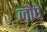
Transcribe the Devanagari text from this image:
जौए